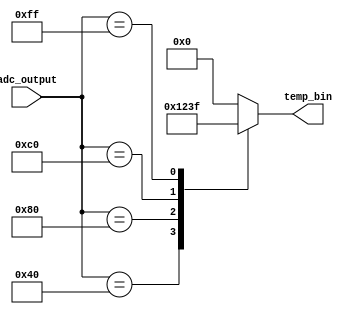
module thermal_encoder (
    input [7:0] adc_output, // 8-bit ADC output as temperature input (0-255 scales to 0-15C)
    output reg [3:0] temp_bin // 4-bit binary output representing the temperature
);

// ADC output values mapped to temperature ranges
always @(*) begin
    case (adc_output)
        8'd0     : temp_bin = 4'b0000; // 0C
        8'd64    : temp_bin = 4'b0001; // 1C
        8'd128   : temp_bin = 4'b0010; // 2C
        8'd192   : temp_bin = 4'b0011; // 3C
        8'd255   : temp_bin = 4'b1111; // 15C
        default  : temp_bin = 4'b0000; // Default to 0C for unsupported values
    endcase
end

endmodule